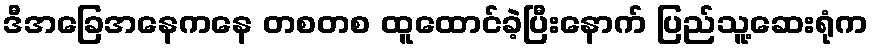
ဒီအခြေအနေကနေ တစတစ ထူထောင်ခဲ့ပြီးနောက် ပြည်သူ့ဆေးရုံက